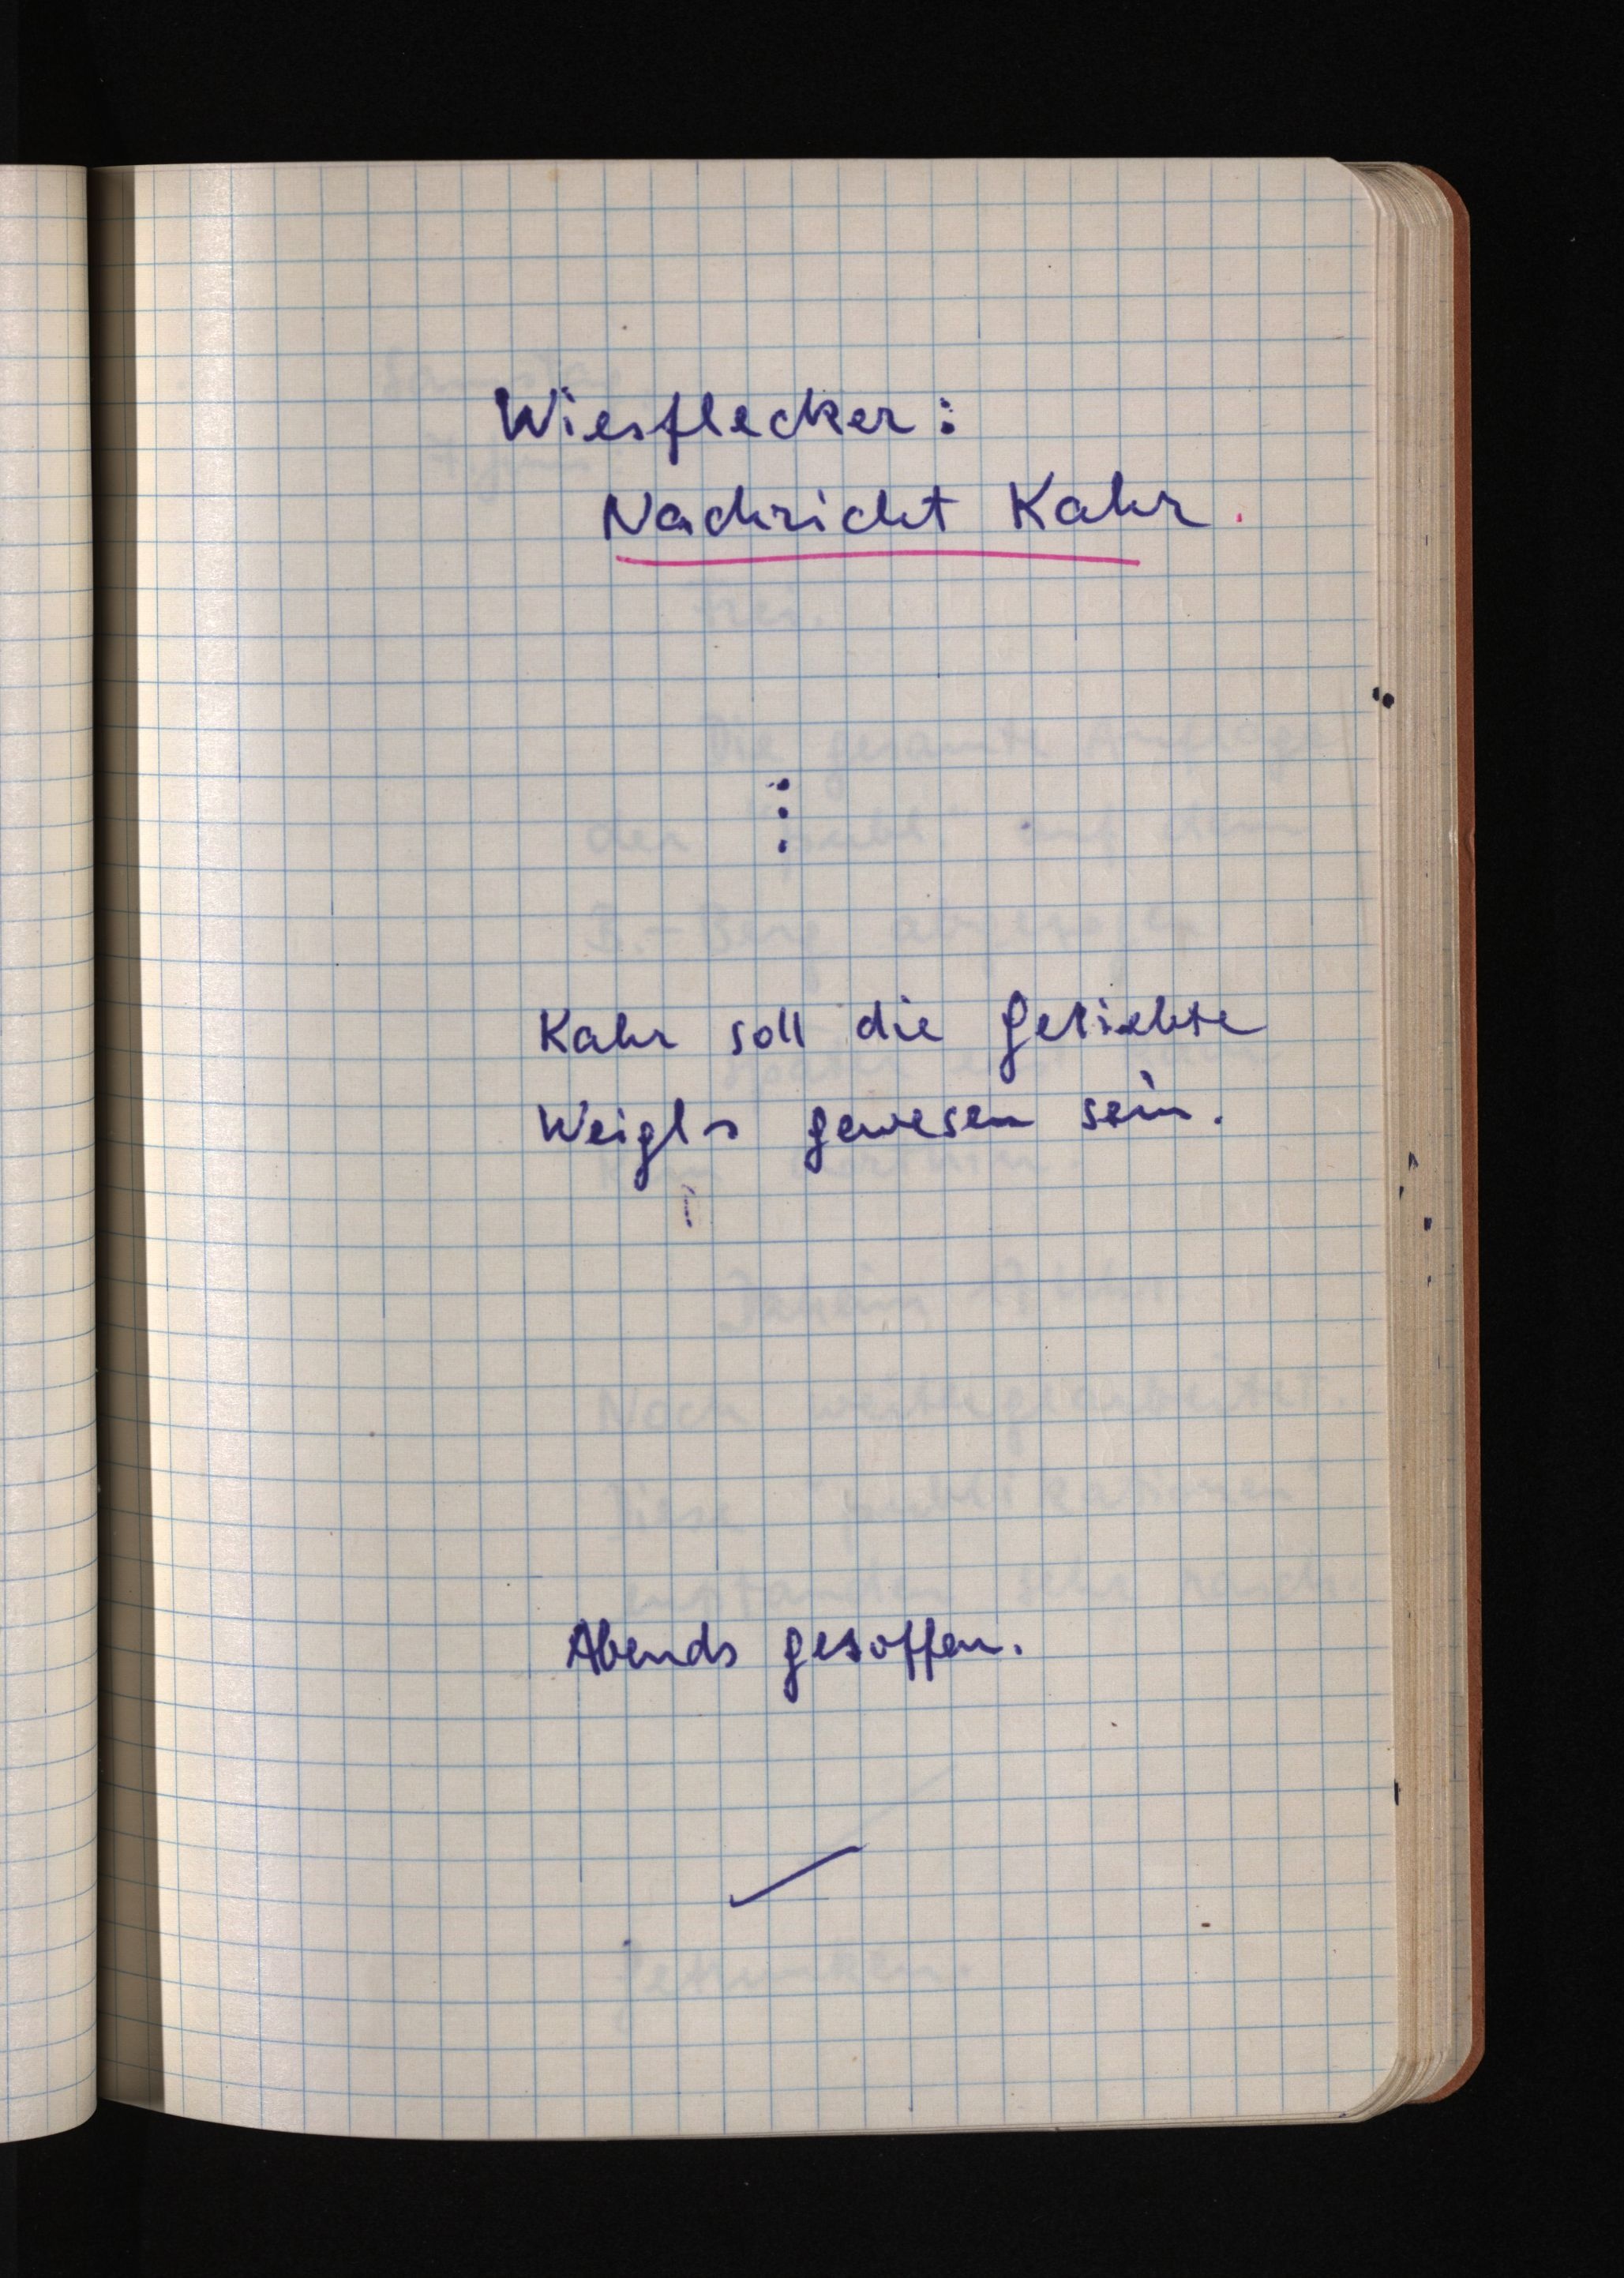
Wiesflecker:
Nachricht Kahr.
Kahr soll die Geliebte
Weigls gewesen sein.
Abends gesoffen.